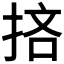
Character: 𢭹